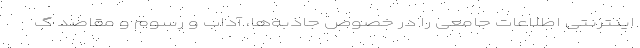
اینترنتی اطلاعات جامعی را در خصوص جاذبه‌ها، آداب و رسوم و مقاصد گ